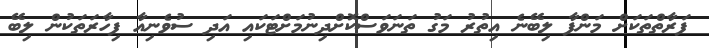
ފަރާތްތަކަށް މަންފާ ލިބޭނެ އިތުރު މަގު ތަނަވަސްކޮށްދިނުމަށްޓަކައި އަދި ސުވެނިއާ ފިހާރަތަކުން ލިބޭ